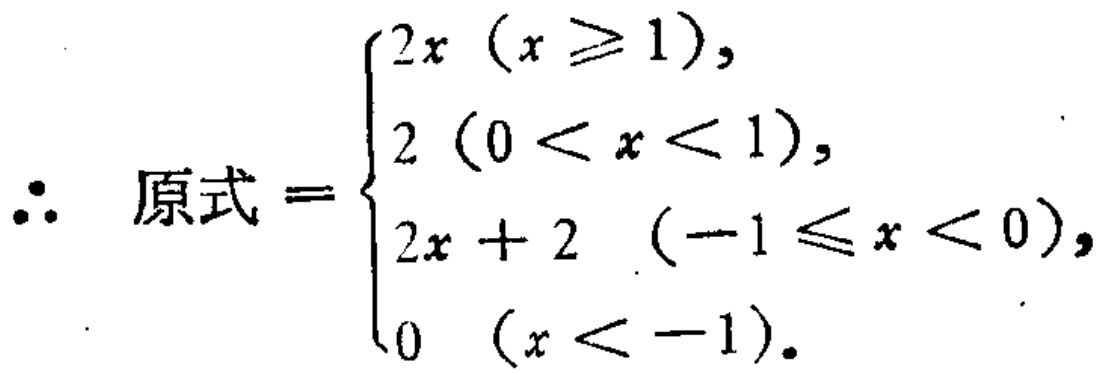
\(\therefore\ 原式=\begin{cases}2x\ (x\geq1),\\2\ (0<x<1),\\2x + 2\ (-1\leq x<0),\\0\ (x<-1).\end{cases}\)